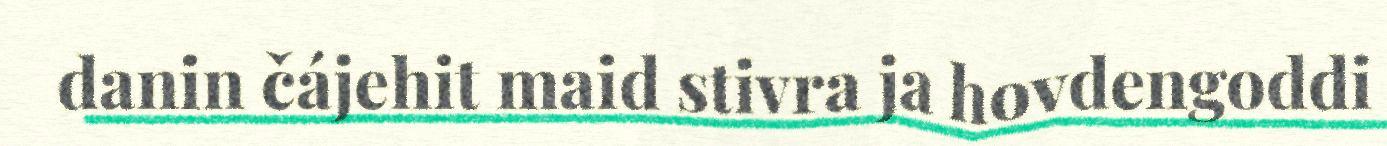
danin čájehit maid stivra ja hovdengoddi